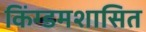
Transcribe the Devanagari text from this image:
किंग्डमशासित